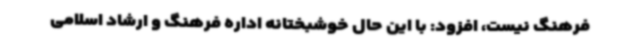
فرهنگ نیست، افزود: با این حال خوشبختانه اداره فرهنگ و ارشاد اسلامی